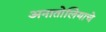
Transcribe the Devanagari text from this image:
अनातोलियाचे